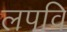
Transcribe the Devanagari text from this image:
लपवि